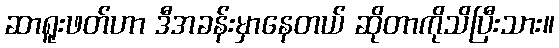
ဆာရူးဖတ်ဟာ ဒီအခန်းမှာနေတယ် ဆိုတာကိုသိပြီးသား။